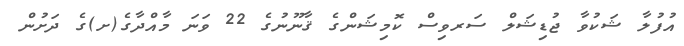
އުފުލާ ޝަކުވާ ޖުޑިޝަލް ސަރވިސް ކޮމިޝަންގެ ޤާނޫނުގެ 22 ވަނަ މާއްދާގެ(ށ)ގެ ދަށުން